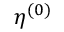
\eta ^ { ( 0 ) }